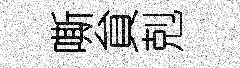
嘶貟剋